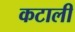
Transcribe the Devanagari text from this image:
कटाली